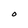
Character: O